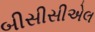
બીસીસીએલ